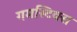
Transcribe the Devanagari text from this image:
गमस्टिक्स